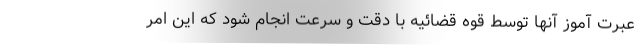
عبرت آموز آنها توسط قوه قضائیه با دقت و سرعت انجام شود که این امر